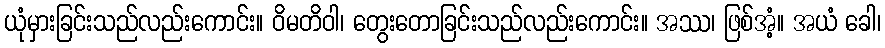
ယုံမှားခြင်းသည်လည်းကောင်း။ ဝိမတိဝါ၊ တွေးတောခြင်းသည်လည်းကောင်း။ အဿ၊ ဖြစ်အံ့။ အယံ ခေါ၊